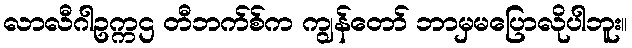
လာလီဂါဥက္ကဌ တီဘက်စ်က ကျွန်တော် ဘာမှမပြောလိုပါဘူး။